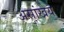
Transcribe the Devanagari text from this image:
असांखेय